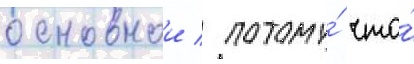
основнои / потому́ что́